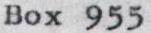
Box 955